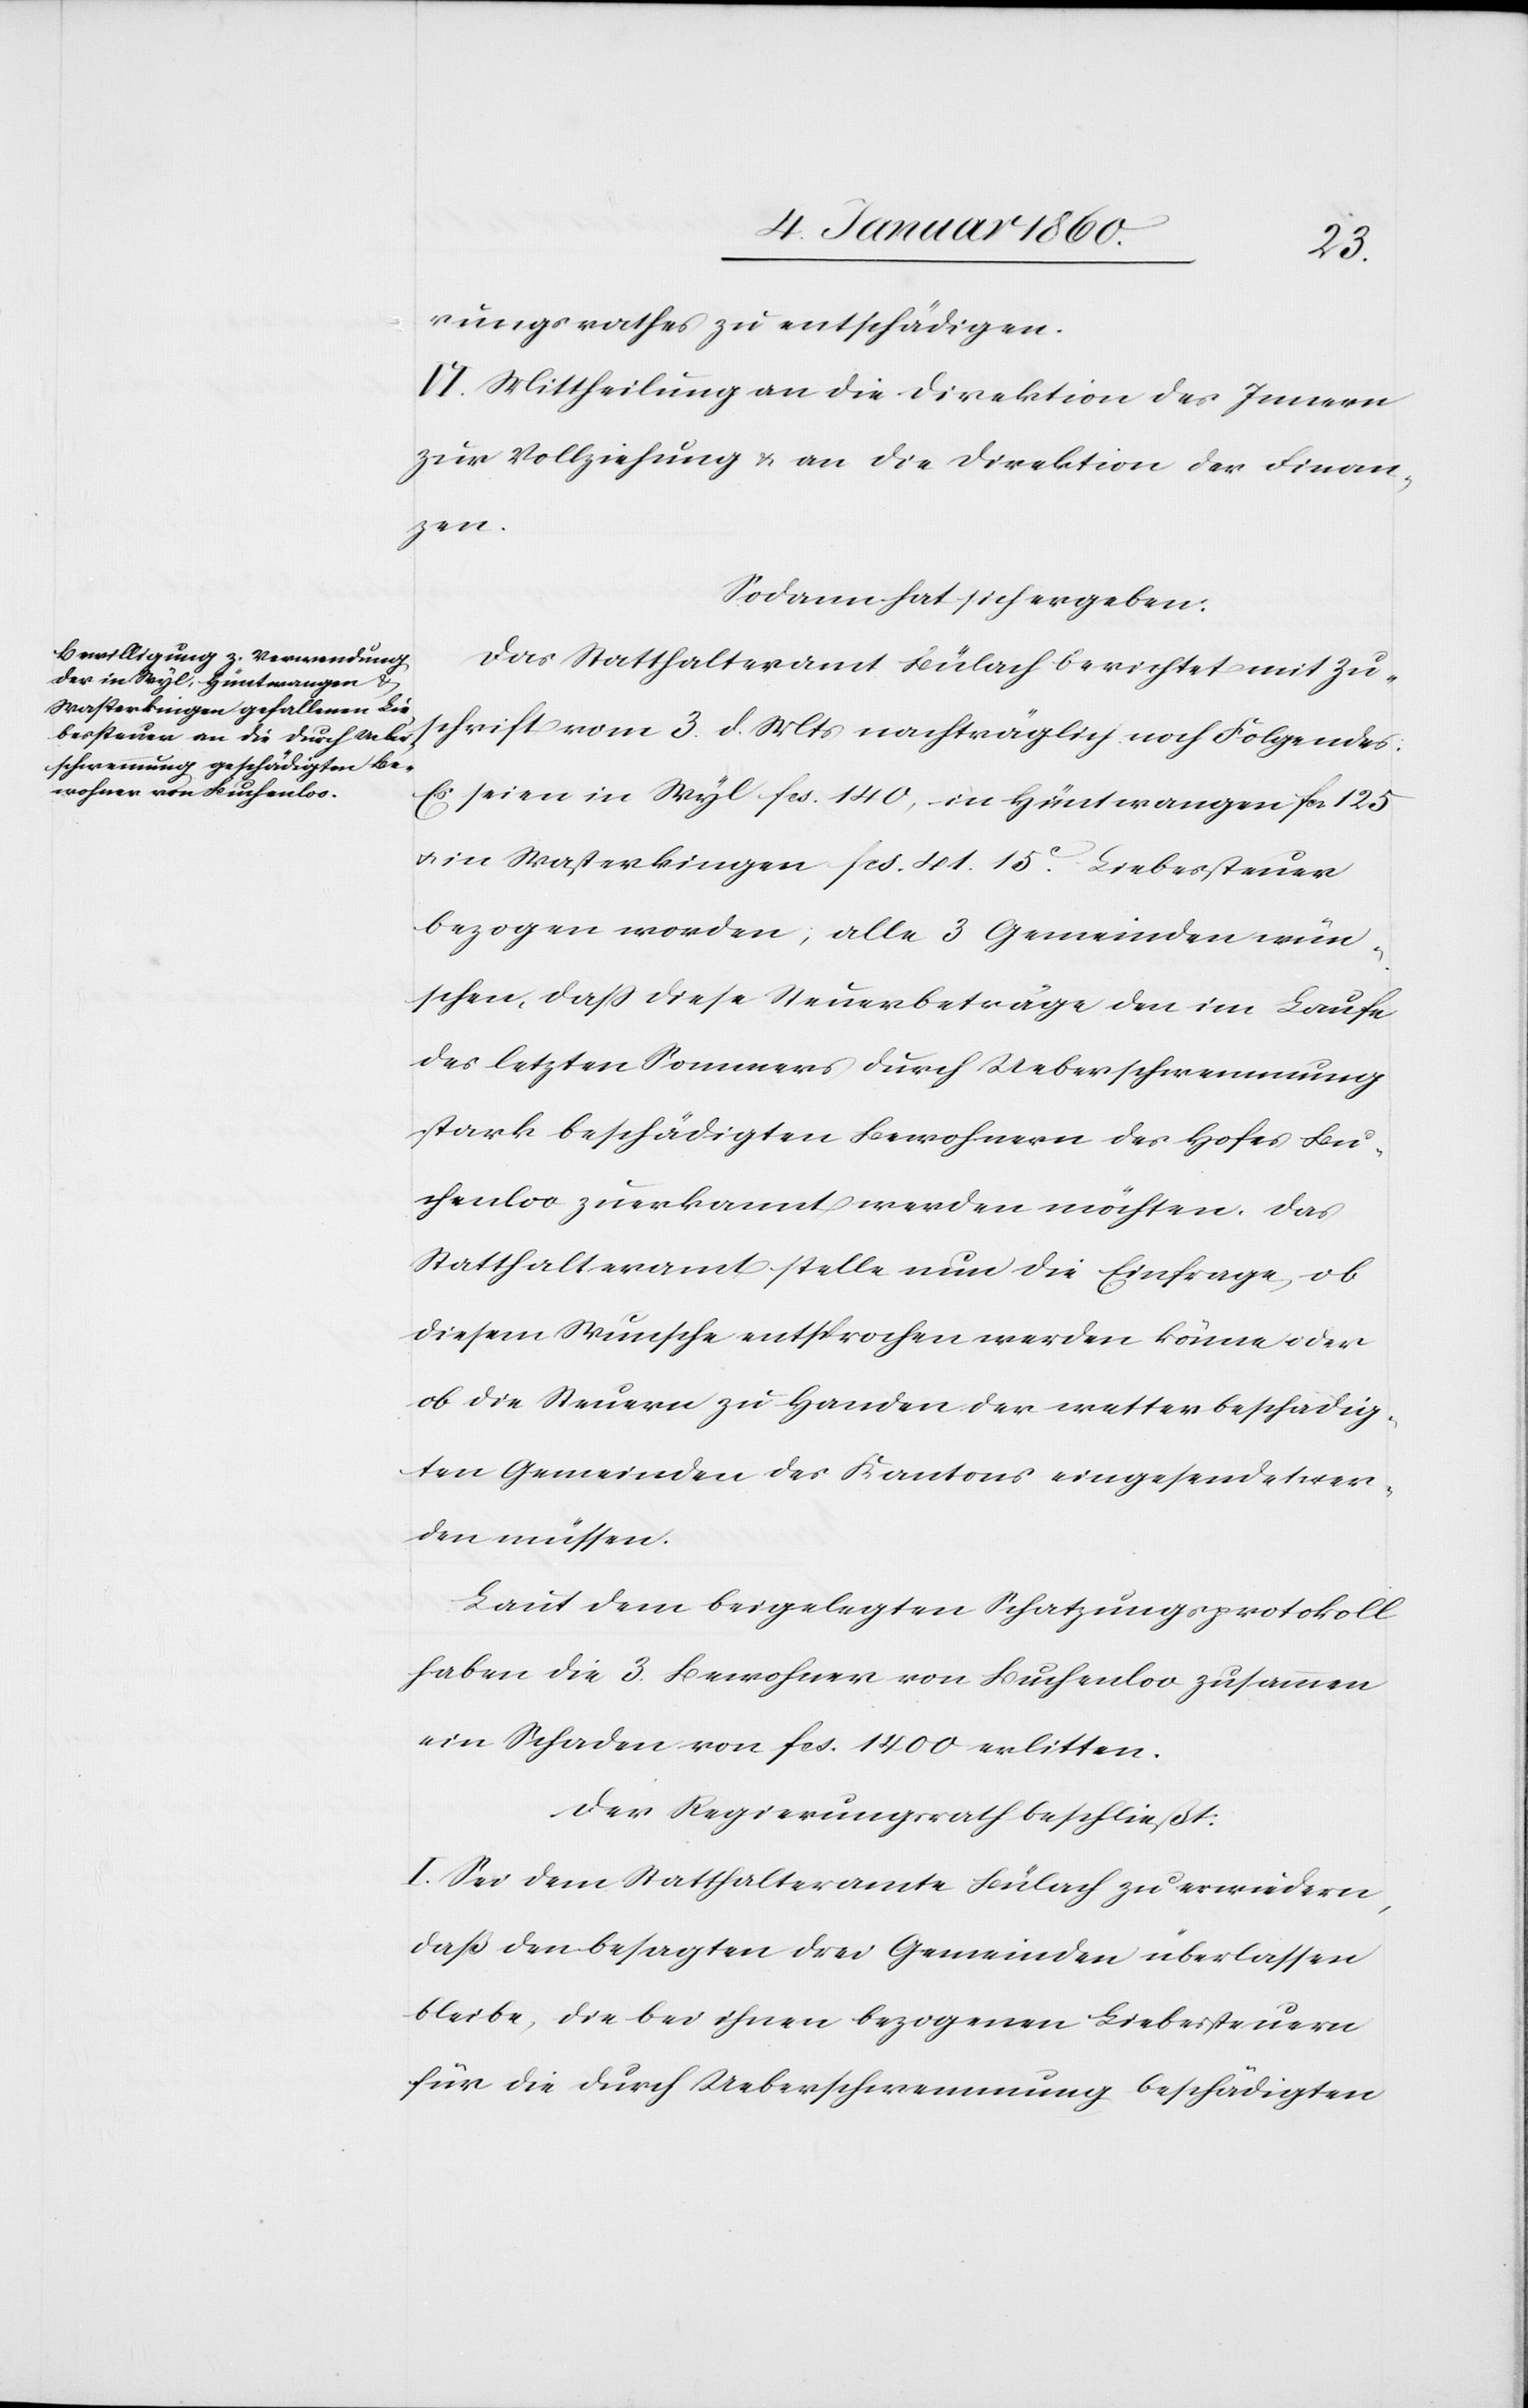
rungsrathes zu entschädigen.
IV. Mittheilung an die Direktion des Innern
zur Vollziehung u. an die Direktion der Finan¬
zen.
Sodann hat sich ergeben.
Das Statthalteramt Bülach berichtet mit Zu¬
schrift vom 3. d. Mts. nachträglich noch Folgendes:
Es seien in Wyl fcs. 140., in Hüntwangen fcs. 125.
u. in Wasterkingen fcs. 41. 15C Liebessteuer
bezogen worden, alle 3 Gemeinden wün¬
schen, daß diese Steuerbeträge den im Laufe
des letzten Sommers durch Ueberschwemmung
stark beschädigten Bewohnern des Hofes Bu¬
chenloo zuerkannt werden möchten. Das
Statthalteramt stelle nun die Einfrage, ob
diesem Wunsche entsprochen werden könne oder
ob die Steuern zu Handen der wetterbeschädig¬
ten Gemeinden des Kantons eingesendet wer¬
den müssen.
Laut dem beigelegten Schatzungsprotokoll
haben die 3. Bewohner von Buchenloo zusammen
ein Schaden von fcs. 1400. erlitten.
Der Regierungsrath beschließt:
I. Sei dem Statthalteramte Bülach zu erwiedern,
daß den besagten drei Gemeinden überlassen
bleibe, die bei ihnen bezogenen Liebessteuern
für die durch Ueberschwemmung beschädigten